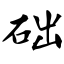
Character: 础